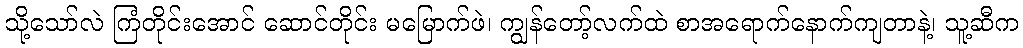
သို့သော်လဲ ကြံတိုင်းအောင် ဆောင်တိုင်း မမြောက်ဖဲ၊ ကျွန်တော့်လက်ထဲ စာအရောက်နောက်ကျတာနဲ့၊ သူ့ဆီက